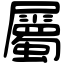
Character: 屬